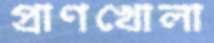
প্রাণখোলা